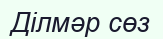
Ділмәр сөз